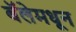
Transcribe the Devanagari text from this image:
बॅलेमधून